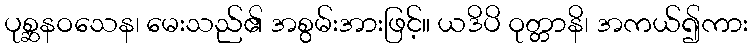
ပုစ္ဆနဝသေန၊ မေးသည်၏ အစွမ်းအားဖြင့်။ ယဒိပိ ဝုတ္တာနိ၊ အကယ်၍ကား